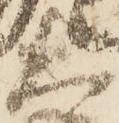
大